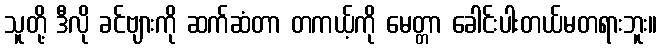
သူတို့ ဒီလို ခင်ဗျားကို ဆက်ဆံတာ တကယ့်ကို မေတ္တာ ခေါင်းပါးတယ်မတရားဘူး။